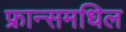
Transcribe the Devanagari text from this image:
फ्रान्समधिल